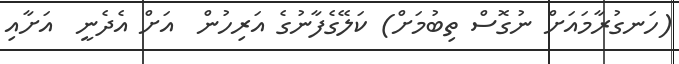
(ހަނގުރާމައަށް ނުގޮސް ތިބުމަށް) ކަލޭގެފާނުގެ އަރިހުން  އަށް އެދެނީ  އަށާއި